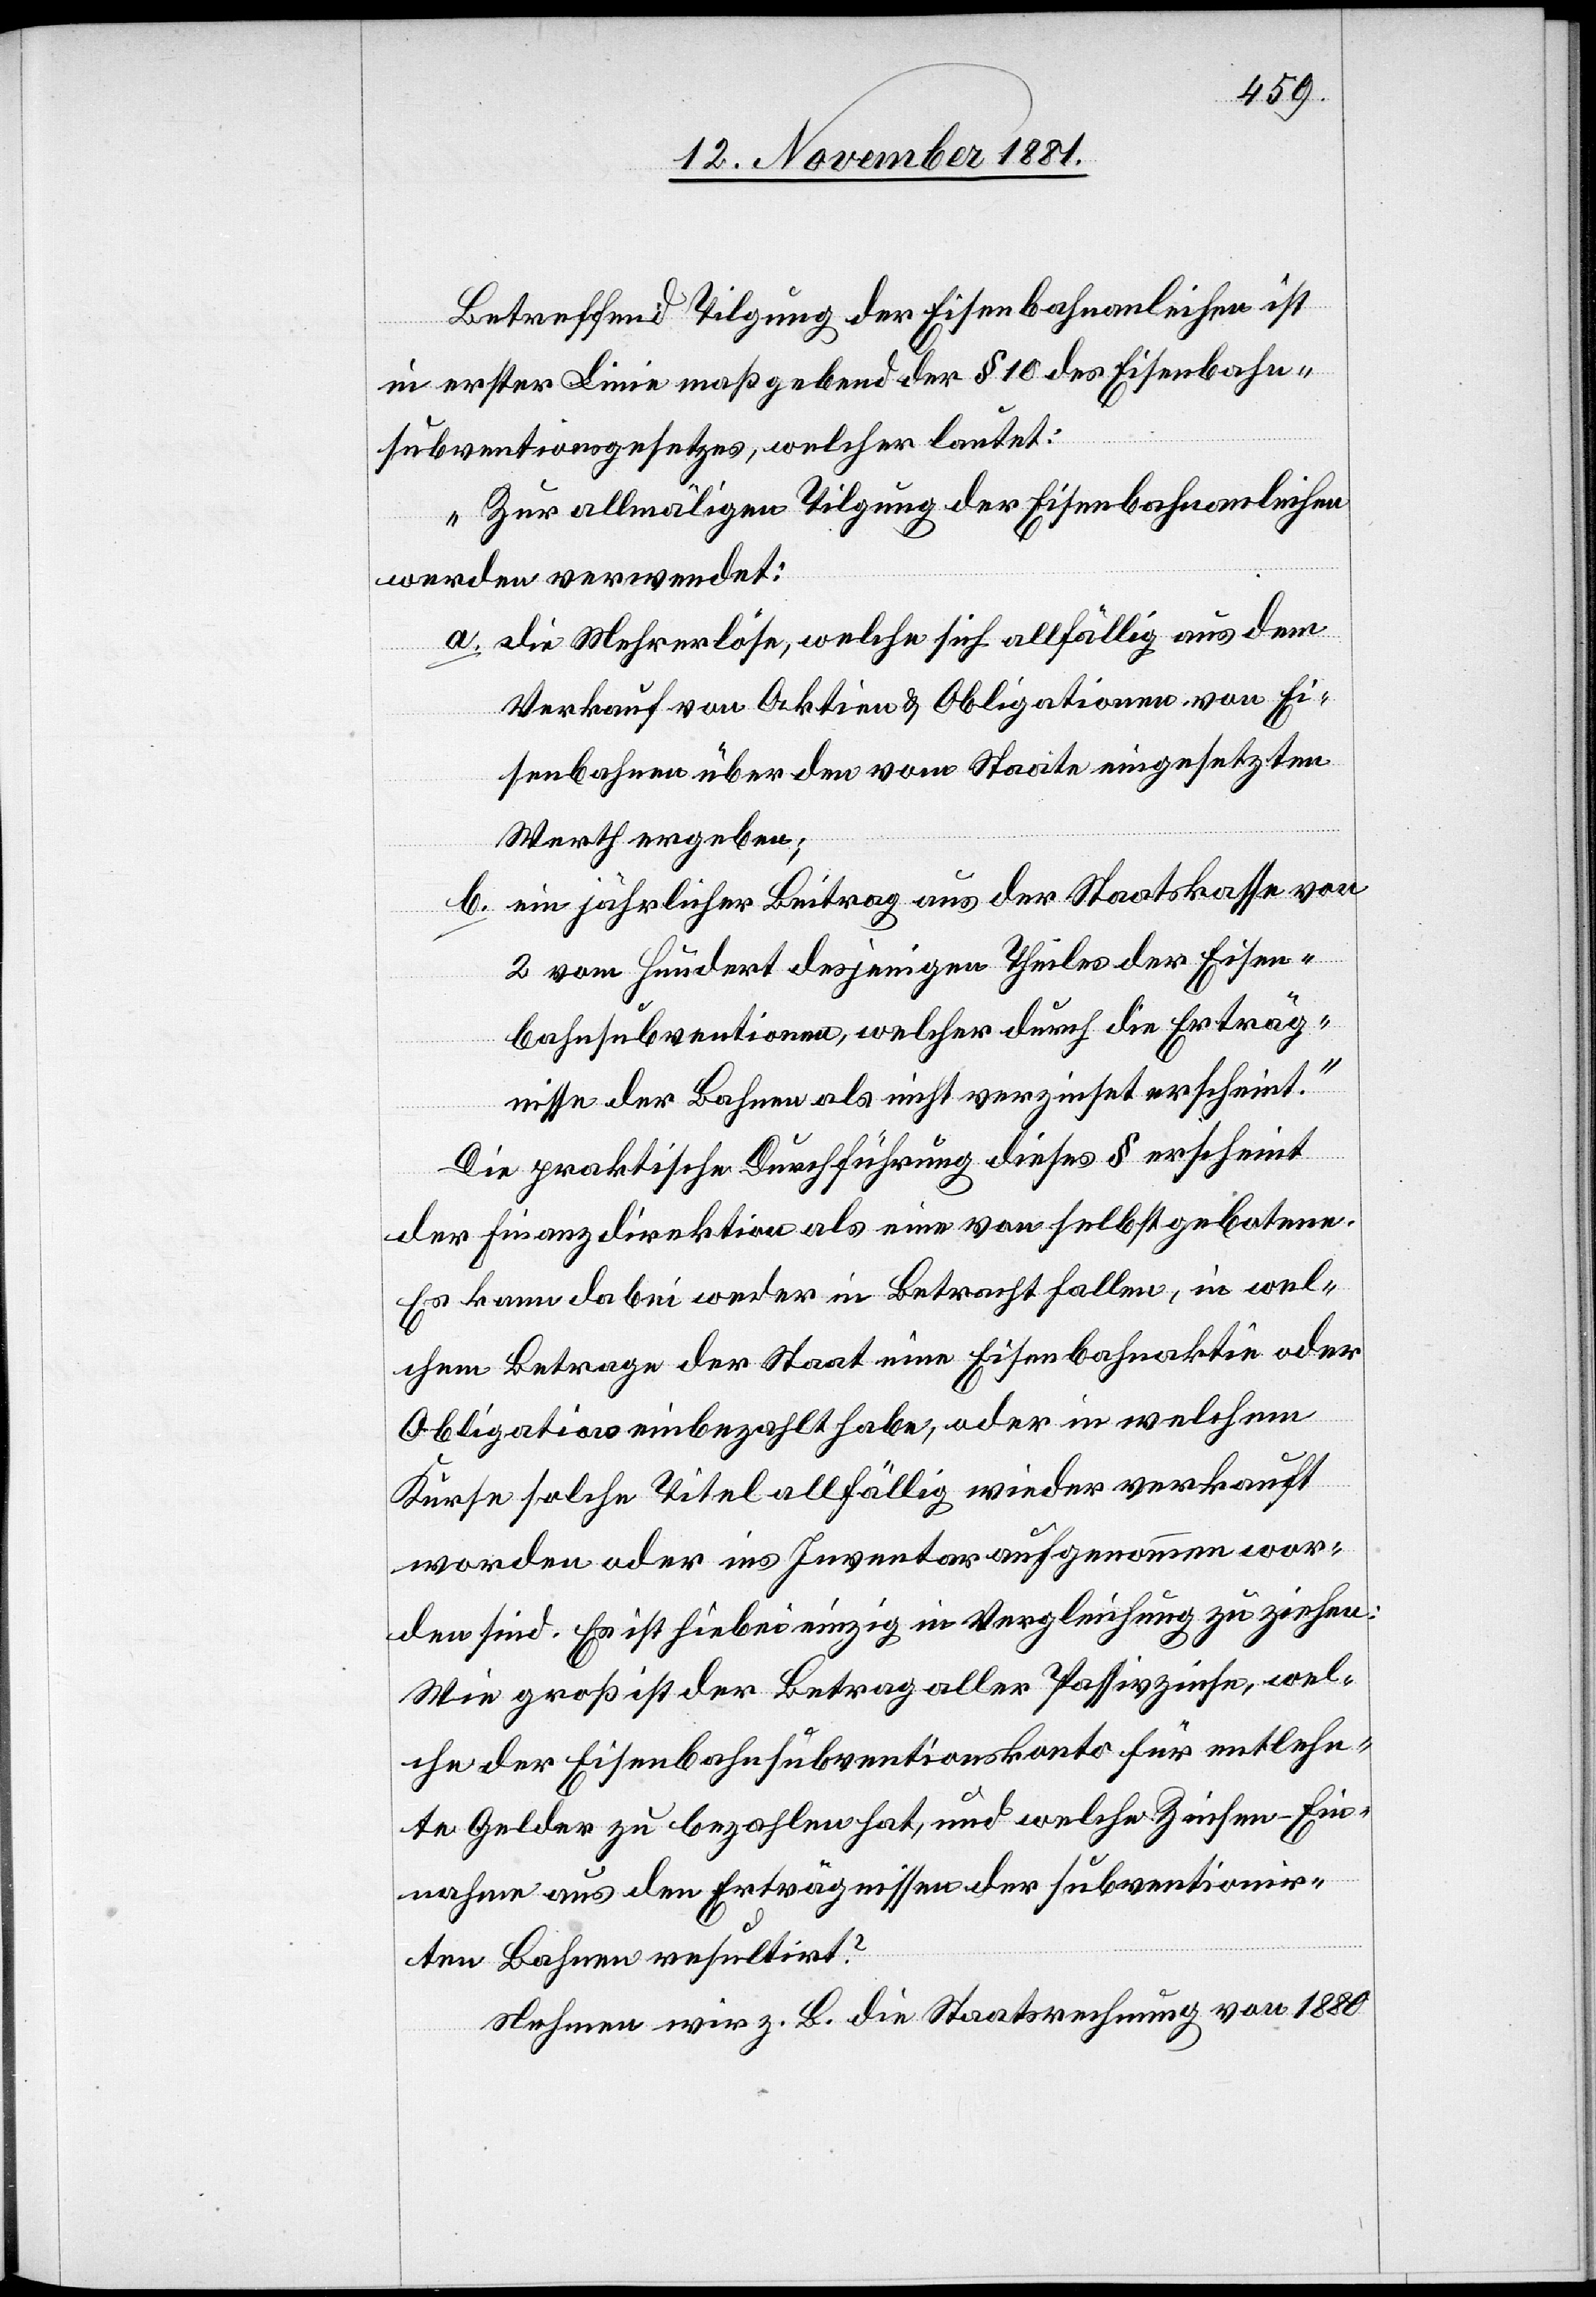
Betreffend Tilgung der Eisenbahnanleihen ist
in erster Linie maßgebend der § 10 des Eisenbahn¬
subventionsgesetzes, welcher lautet:
„Zur allmäligen Tilgung der Eisenbahnanleihen
werden verwendet:
a. die Mehrerlöse, welche sich allfällig aus dem
Verkauf von Aktien & Obligationen von Ei¬
senbahnen über den vom Staate eingesetzten
Werthe ergeben;
b. ein jährlicher Beitrag aus der Staatskasse von
2 vom Hundert desjenigen Theils der Eisen¬
bahnsubventionen, welcher durch die Erträg¬
nisse der Bahnen als nicht verzinset erscheint.“
Die praktische Durchführung dieses § erscheint
der Finanzdirektion als eine von selbst gebotene.
Es kann dabei weder in Betracht fallen, in wel¬
chem Betrage der Staat eine Eisenbahnaktie oder
Obligation einbezahlt habe, oder in welchem
Kurse solche Titel allfällig wieder verkauft
werden oder ins Inventar aufgenommen wor¬
den sind. Es ist hiebei einzig in Vergleichung zu ziehen:
Wie groß ist der Betrag aller Passivzinse, wel¬
che der Eisenbahnsubventionskonto für entlehn¬
te Gelder zu bezahlen hat, und welche Zinsen-Ein¬
nahmen aus den Erträgnissen oder subventionir¬
ten Bahnen resultirt?
Nehmen wir z. B. die Staatsrechnung von 1880